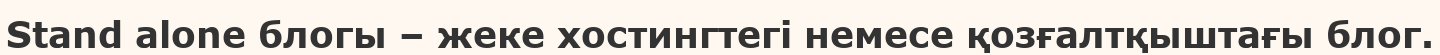
Stand alone блогы – жеке хостингтегі немесе қозғалтқыштағы блог.